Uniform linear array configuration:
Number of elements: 64
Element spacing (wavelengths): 0.75
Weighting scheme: hamming
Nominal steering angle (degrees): -30
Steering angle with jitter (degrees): -28.999
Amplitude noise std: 0.05
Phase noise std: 0.05

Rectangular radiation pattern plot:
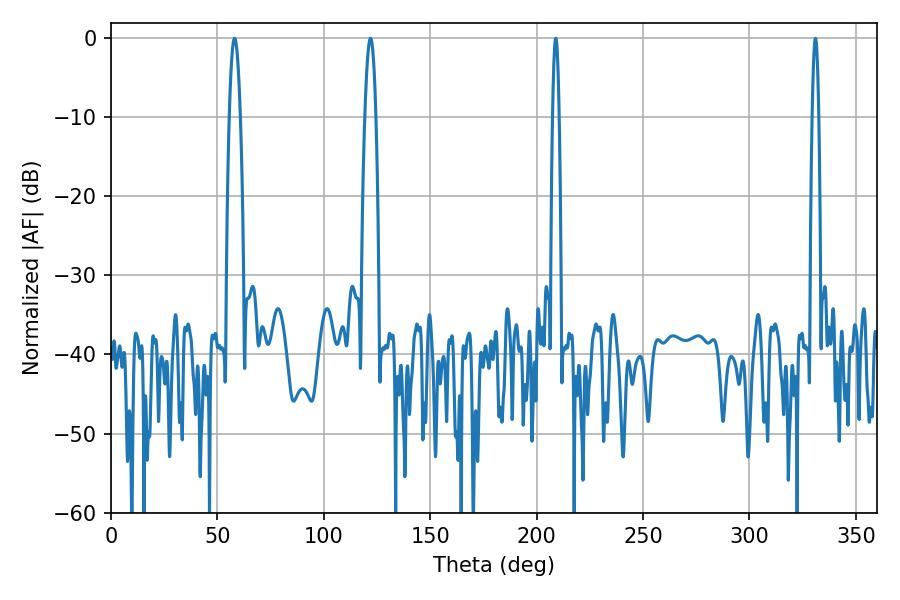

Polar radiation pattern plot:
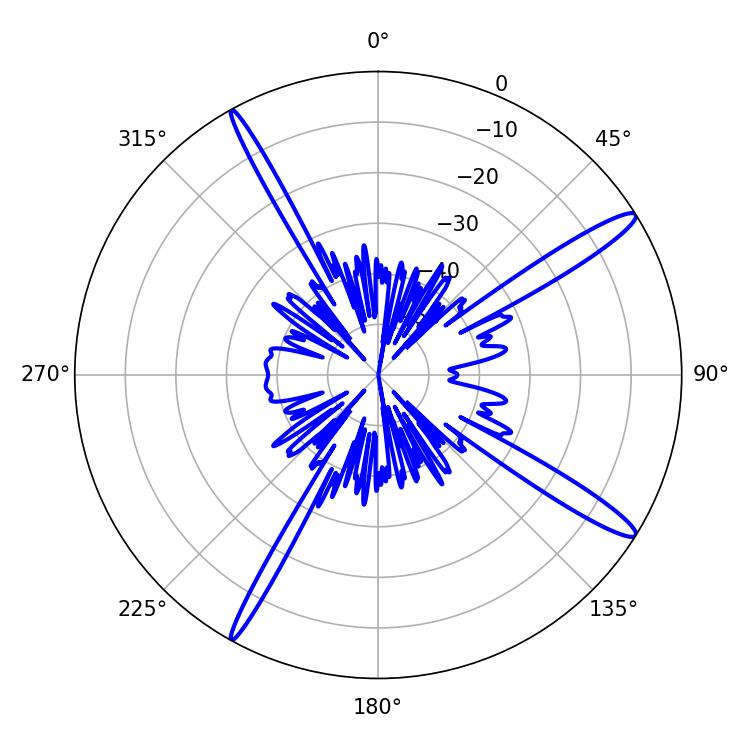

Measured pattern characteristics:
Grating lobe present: TRUE
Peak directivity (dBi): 15.184
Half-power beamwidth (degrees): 1.62
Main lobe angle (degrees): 208.98